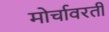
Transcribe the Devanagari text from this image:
मोर्चावरती